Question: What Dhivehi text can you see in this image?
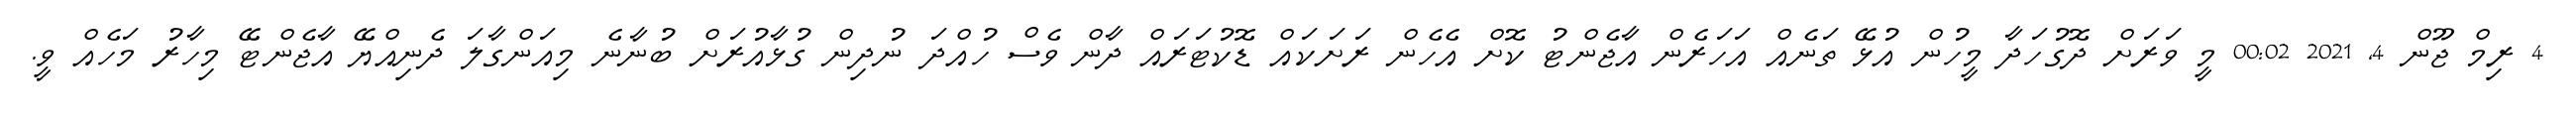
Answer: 4 ރިމް ޖޫން 4, 2021 00:02 މީ ވަރަށް ދޮގުހަދާ މީހުން އުޅޭ ތަނެއް އަހަރެން އާޖެންޓު ކޮށް އެހެން ރަށަކައް ޑޮކުޓަރައް ދާން ވެސް ހުއްދަ ނުދިން ގުޅާއުރަށް ބުނާނެ މިއަންގާލަ ދެނިއްޔޭ އާޖެންޓޭ މިހާރު މަހެއް ވީ.